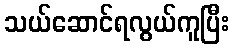
သယ်ဆောင်ရလွယ်ကူပြီး